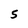
Character: S